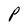
Character: P